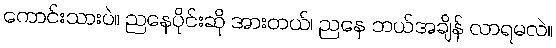
ကောင်းသားပဲ။ ညနေပိုင်းဆို အားတယ်၊ ညနေ ဘယ်အချိန် လာရမလဲ။